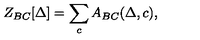
Z _ { B C } [ \Delta ] = \sum _ { c } A _ { B C } ( \Delta , c ) ,